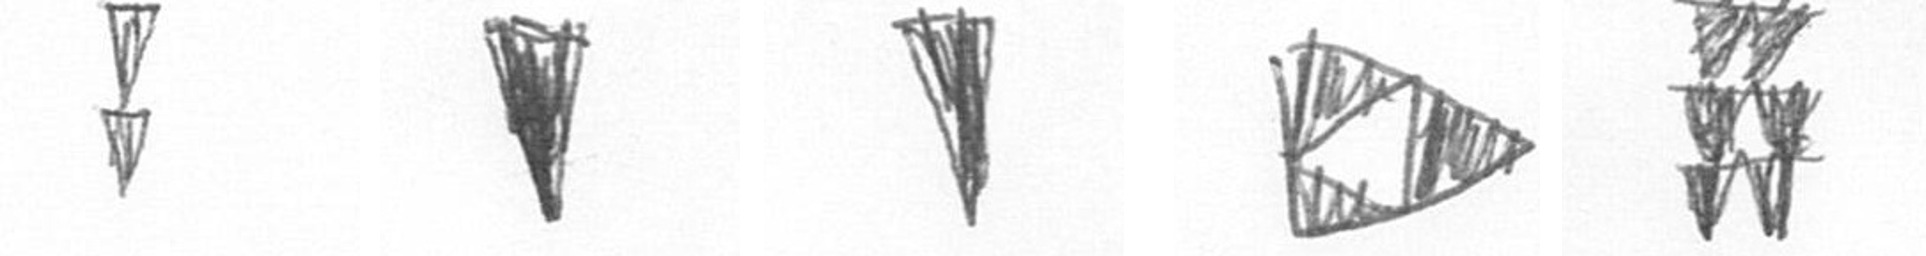
Z J J K Y